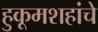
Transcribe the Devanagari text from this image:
हुकूमशहांचे